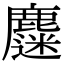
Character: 𪋗